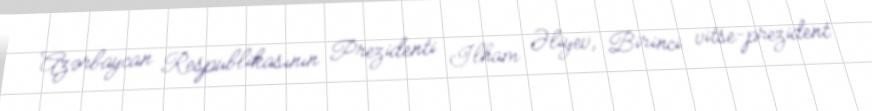
Azərbaycan Respublikasının Prezidenti İlham Əliyev, Birinci vitse-prezident